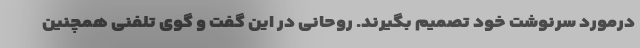
درمورد سرنوشت خود تصمیم بگیرند. روحانی در این گفت و گوی تلفنی همچنین